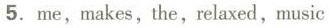
5. me, makes, the, relaxed, music